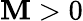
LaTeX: \mathbf{M}>0